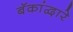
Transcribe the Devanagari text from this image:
बॅकांद्वारे